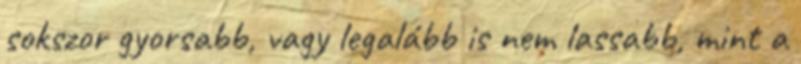
sokszor gyorsabb, vagy legalább is nem lassabb, mint a